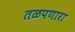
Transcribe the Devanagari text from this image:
तळपणारा